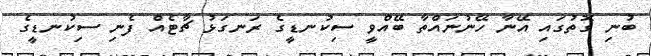
ބުނި ގޮތުގައި އޭނާ ހޭނުނައްތާ ބޭއްވީ ސިކުނޑީގެ ރަނގަޅު ޗާޓެއް ފެނި ސިކުނޑީގެ